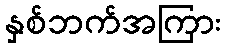
နှစ်ဘက်အကြား